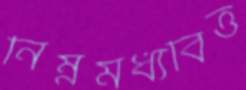
নিম্নমধ্যবিত্ত